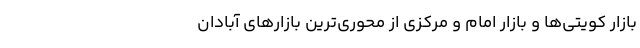
بازار کویتی‌ها و بازار امام و مرکزی از محوری‌ترین بازارهای آبادان